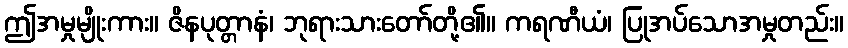
ဤအမှုမျိုးကား။ ဇိနပုတ္တာနံ၊ ဘုရားသားတော်တို့၏။ ကရဏီယံ၊ ပြုအပ်သောအမှုတည်း။